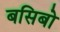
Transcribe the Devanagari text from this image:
बसिबो